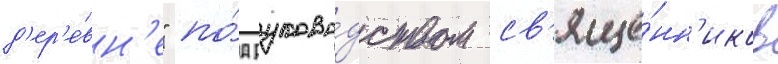
д'ер'е́вн'е" по́д руково́дством св'яще́нн'иков